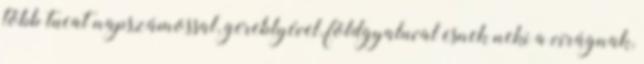
több tucat napszámossal, gereblyével, földgyaluval esnek neki a virágnak,